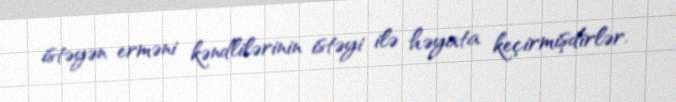
istəyən erməni kəndlilərinin istəyi ilə həyata keçirmişdirlər.